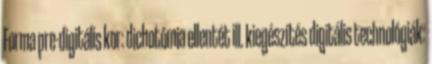
Forma pre-digitális kor: dichotómia ellentét ill. kiegészítés digitális technológiák: